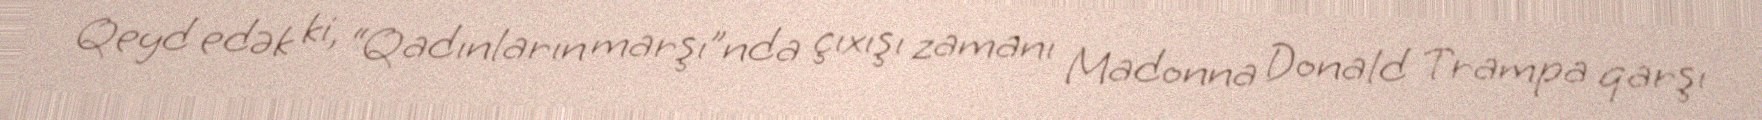
Qeyd edək ki, “Qadınların marşı”nda çıxışı zamanı Madonna Donald Trampa qarşı